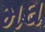
મઘ